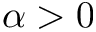
\alpha > 0